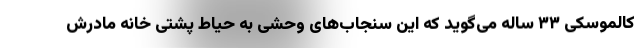
کالموسکی ۳۳ ساله می‌گوید که این سنجاب‌های وحشی به حیاط پشتی خانه مادرش